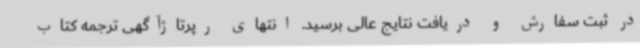
در ثبت سفارش و دریافت نتایج عالی برسید. انتهای رپرتاژآگهی ترجمه کتاب